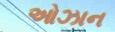
ઓઝાન